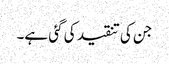
جن کی تنقید کی گئی ہے۔